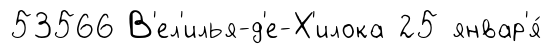
53566 В'ел'илья-д'е-Х'илока 25 январ'я́